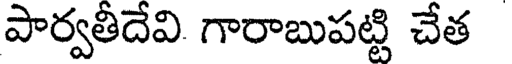
పార్వతీదేవి గారాబుపట్టి చేత